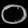
Digit: ၀